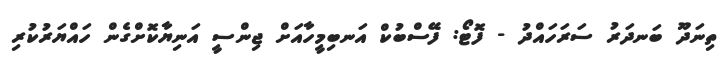
ތިނަދޫ ބަނދަރު ސަރަހައްދު - ފޮޓޯ: ފޭސްބުކް އަނބިމީހާއަށް ޖިންސީ އަނިޔާކޮށްގެން ހައްޔަރުކުރި